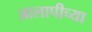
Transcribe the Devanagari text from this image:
आलापीच्या